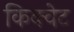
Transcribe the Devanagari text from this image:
किक्वेट